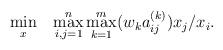
LaTeX: \begin{align*}\begin{aligned}&\min_{x}&&\max_{i,j=1}^{n}\max_{k=1}^{m}(w_{k}a_{ij}^{(k)})x_{j}/x_{i}.\end{aligned}\end{align*}